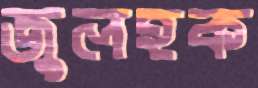
জুলহক